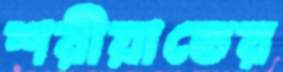
শরীয়াতের